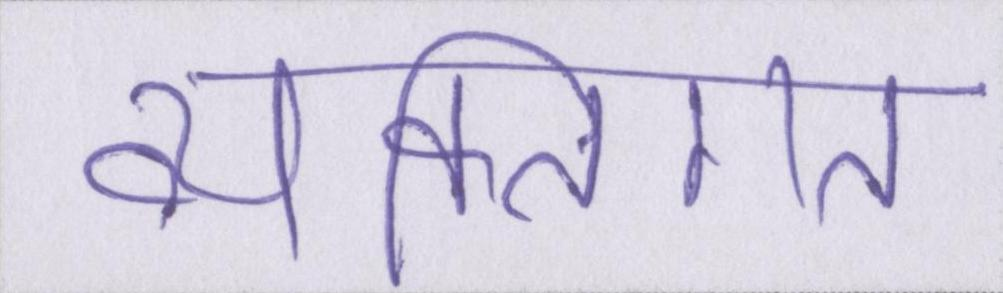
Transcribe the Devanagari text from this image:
व्यक्तिगत